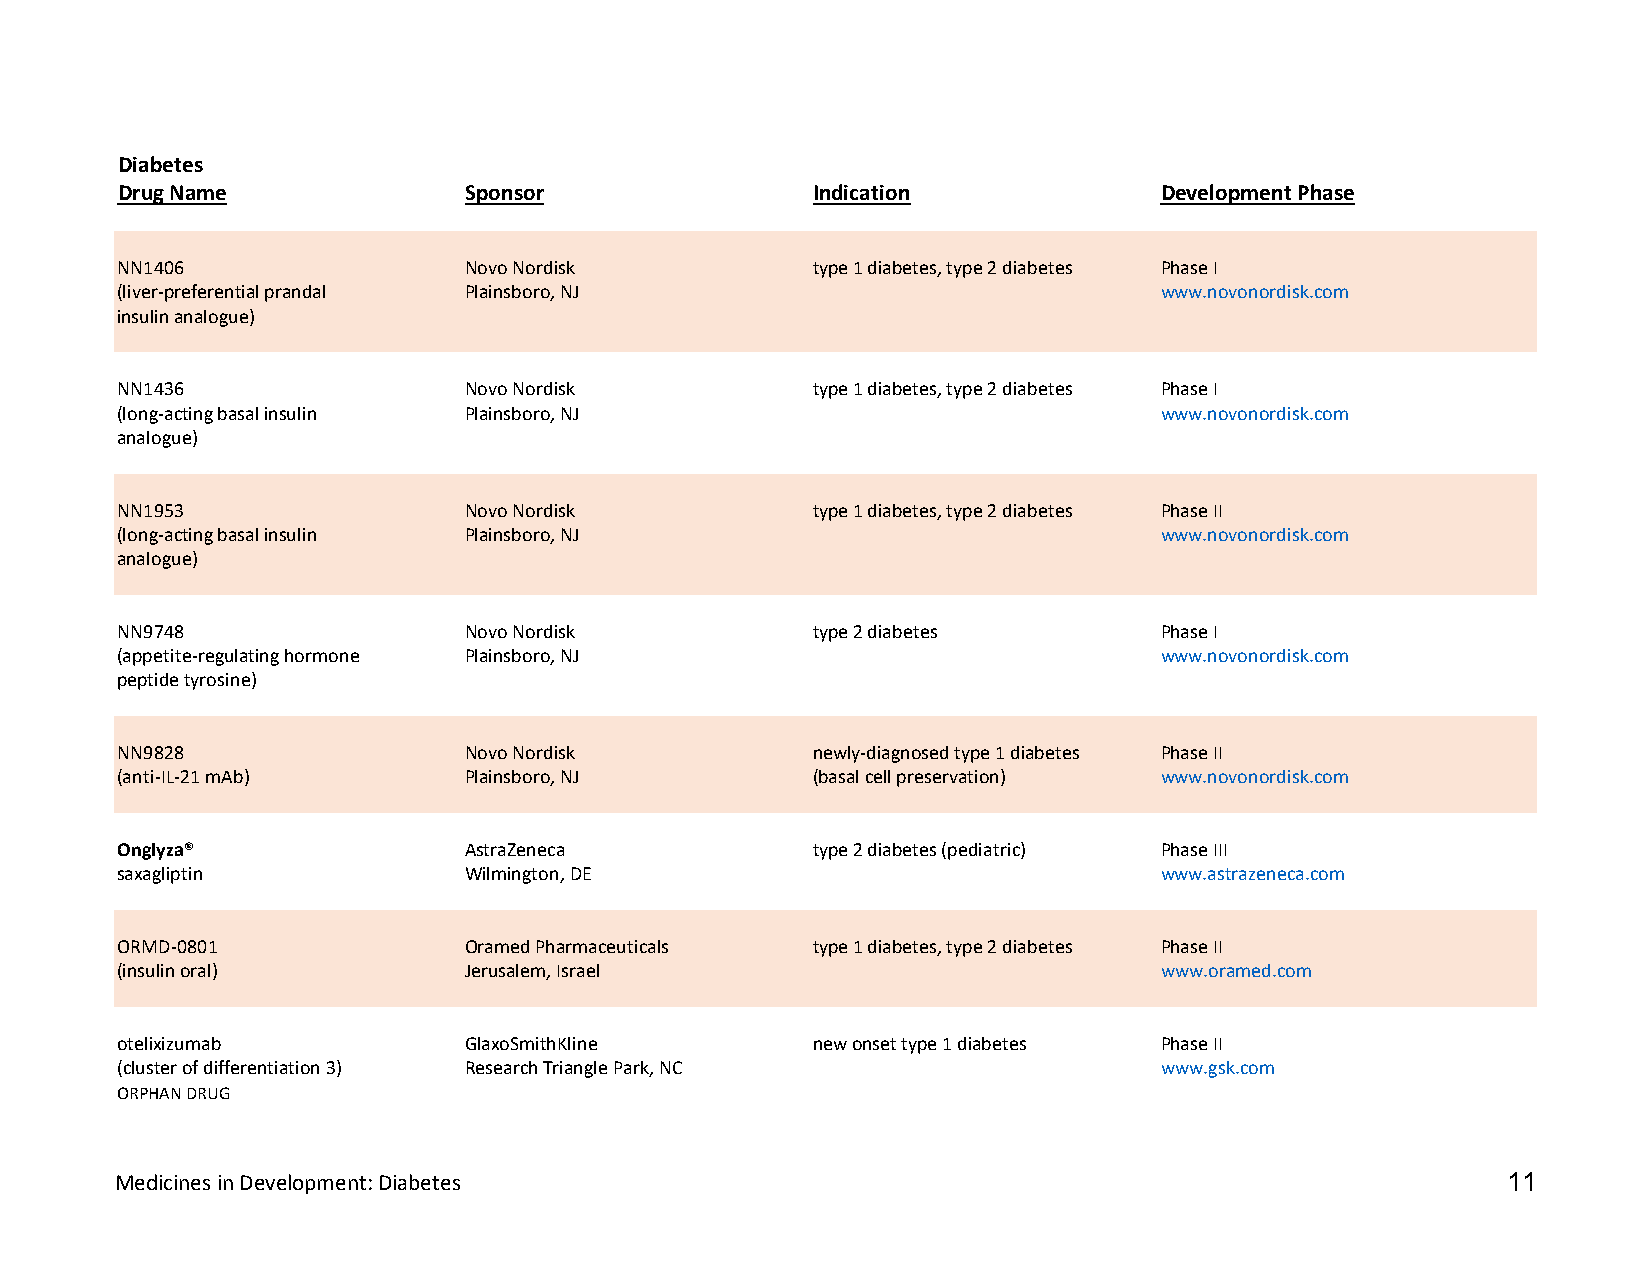
Diabetes
 Drug Name              Sponsor                Indication             Development Phase
 NN1406                 Novo Nordisk           type 1 diabetes, type 2 diabetes Phase I
 (liver-preferential prandal Plainsboro, NJ                           www.novonordisk.com
 insulin analogue)
 NN1436                 Novo Nordisk           type 1 diabetes, type 2 diabetes Phase I
 (long-acting basal insulin Plainsboro, NJ                            www.novonordisk.com
 analogue)
 NN1953                 Novo Nordisk           type 1 diabetes, type 2 diabetes Phase II
 (long-acting basal insulin Plainsboro, NJ                            www.novonordisk.com
 analogue)
 NN9748                 Novo Nordisk           type 2 diabetes        Phase I
 (appetite-regulating hormone Plainsboro, NJ                          www.novonordisk.com
 peptide tyrosine)
 NN9828                 Novo Nordisk           newly-diagnosed type 1 diabetes Phase II
 (anti-IL-21 mAb)       Plainsboro, NJ         (basal cell preservation) www.novonordisk.com
 Onglyza®               AstraZeneca            type 2 diabetes (pediatric) Phase III
 saxagliptin            Wilmington, DE                                www.astrazeneca.com
 ORMD-0801              Oramed Pharmaceuticals type 1 diabetes, type 2 diabetes Phase II
 (insulin oral)         Jerusalem, Israel                             www.oramed.com
 otelixizumab           GlaxoSmithKline        new onset type 1 diabetes Phase II
 (cluster of differentiation 3) Research Triangle Park, NC            www.gsk.com
 ORPHAN DRUG
 Medicines in Development: Diabetes                                                          11